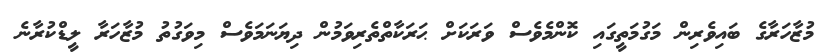
މުޒާހަރާގެ ބައިވެރިން މަގުމަތީގައި ކޮންމެވެސް ވަރަކަށް ޙަރަކާތްތެރިވަމުން ދިޔަނަމަވެސް މިވަގުތު މުޒާހަރާ ލީޑްކުރާނެ